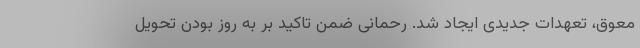
معوق، تعهدات جدیدی ایجاد شد. رحمانی ضمن تاکید بر به روز بودن تحویل